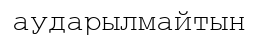
аударылмайтын